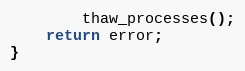
Language: C
		thaw_processes();
	return error;
}